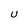
Character: U